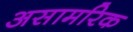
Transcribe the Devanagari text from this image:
असामरिक